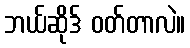
ဘယ်ဆိုဒ် ဝတ်တာလဲ။